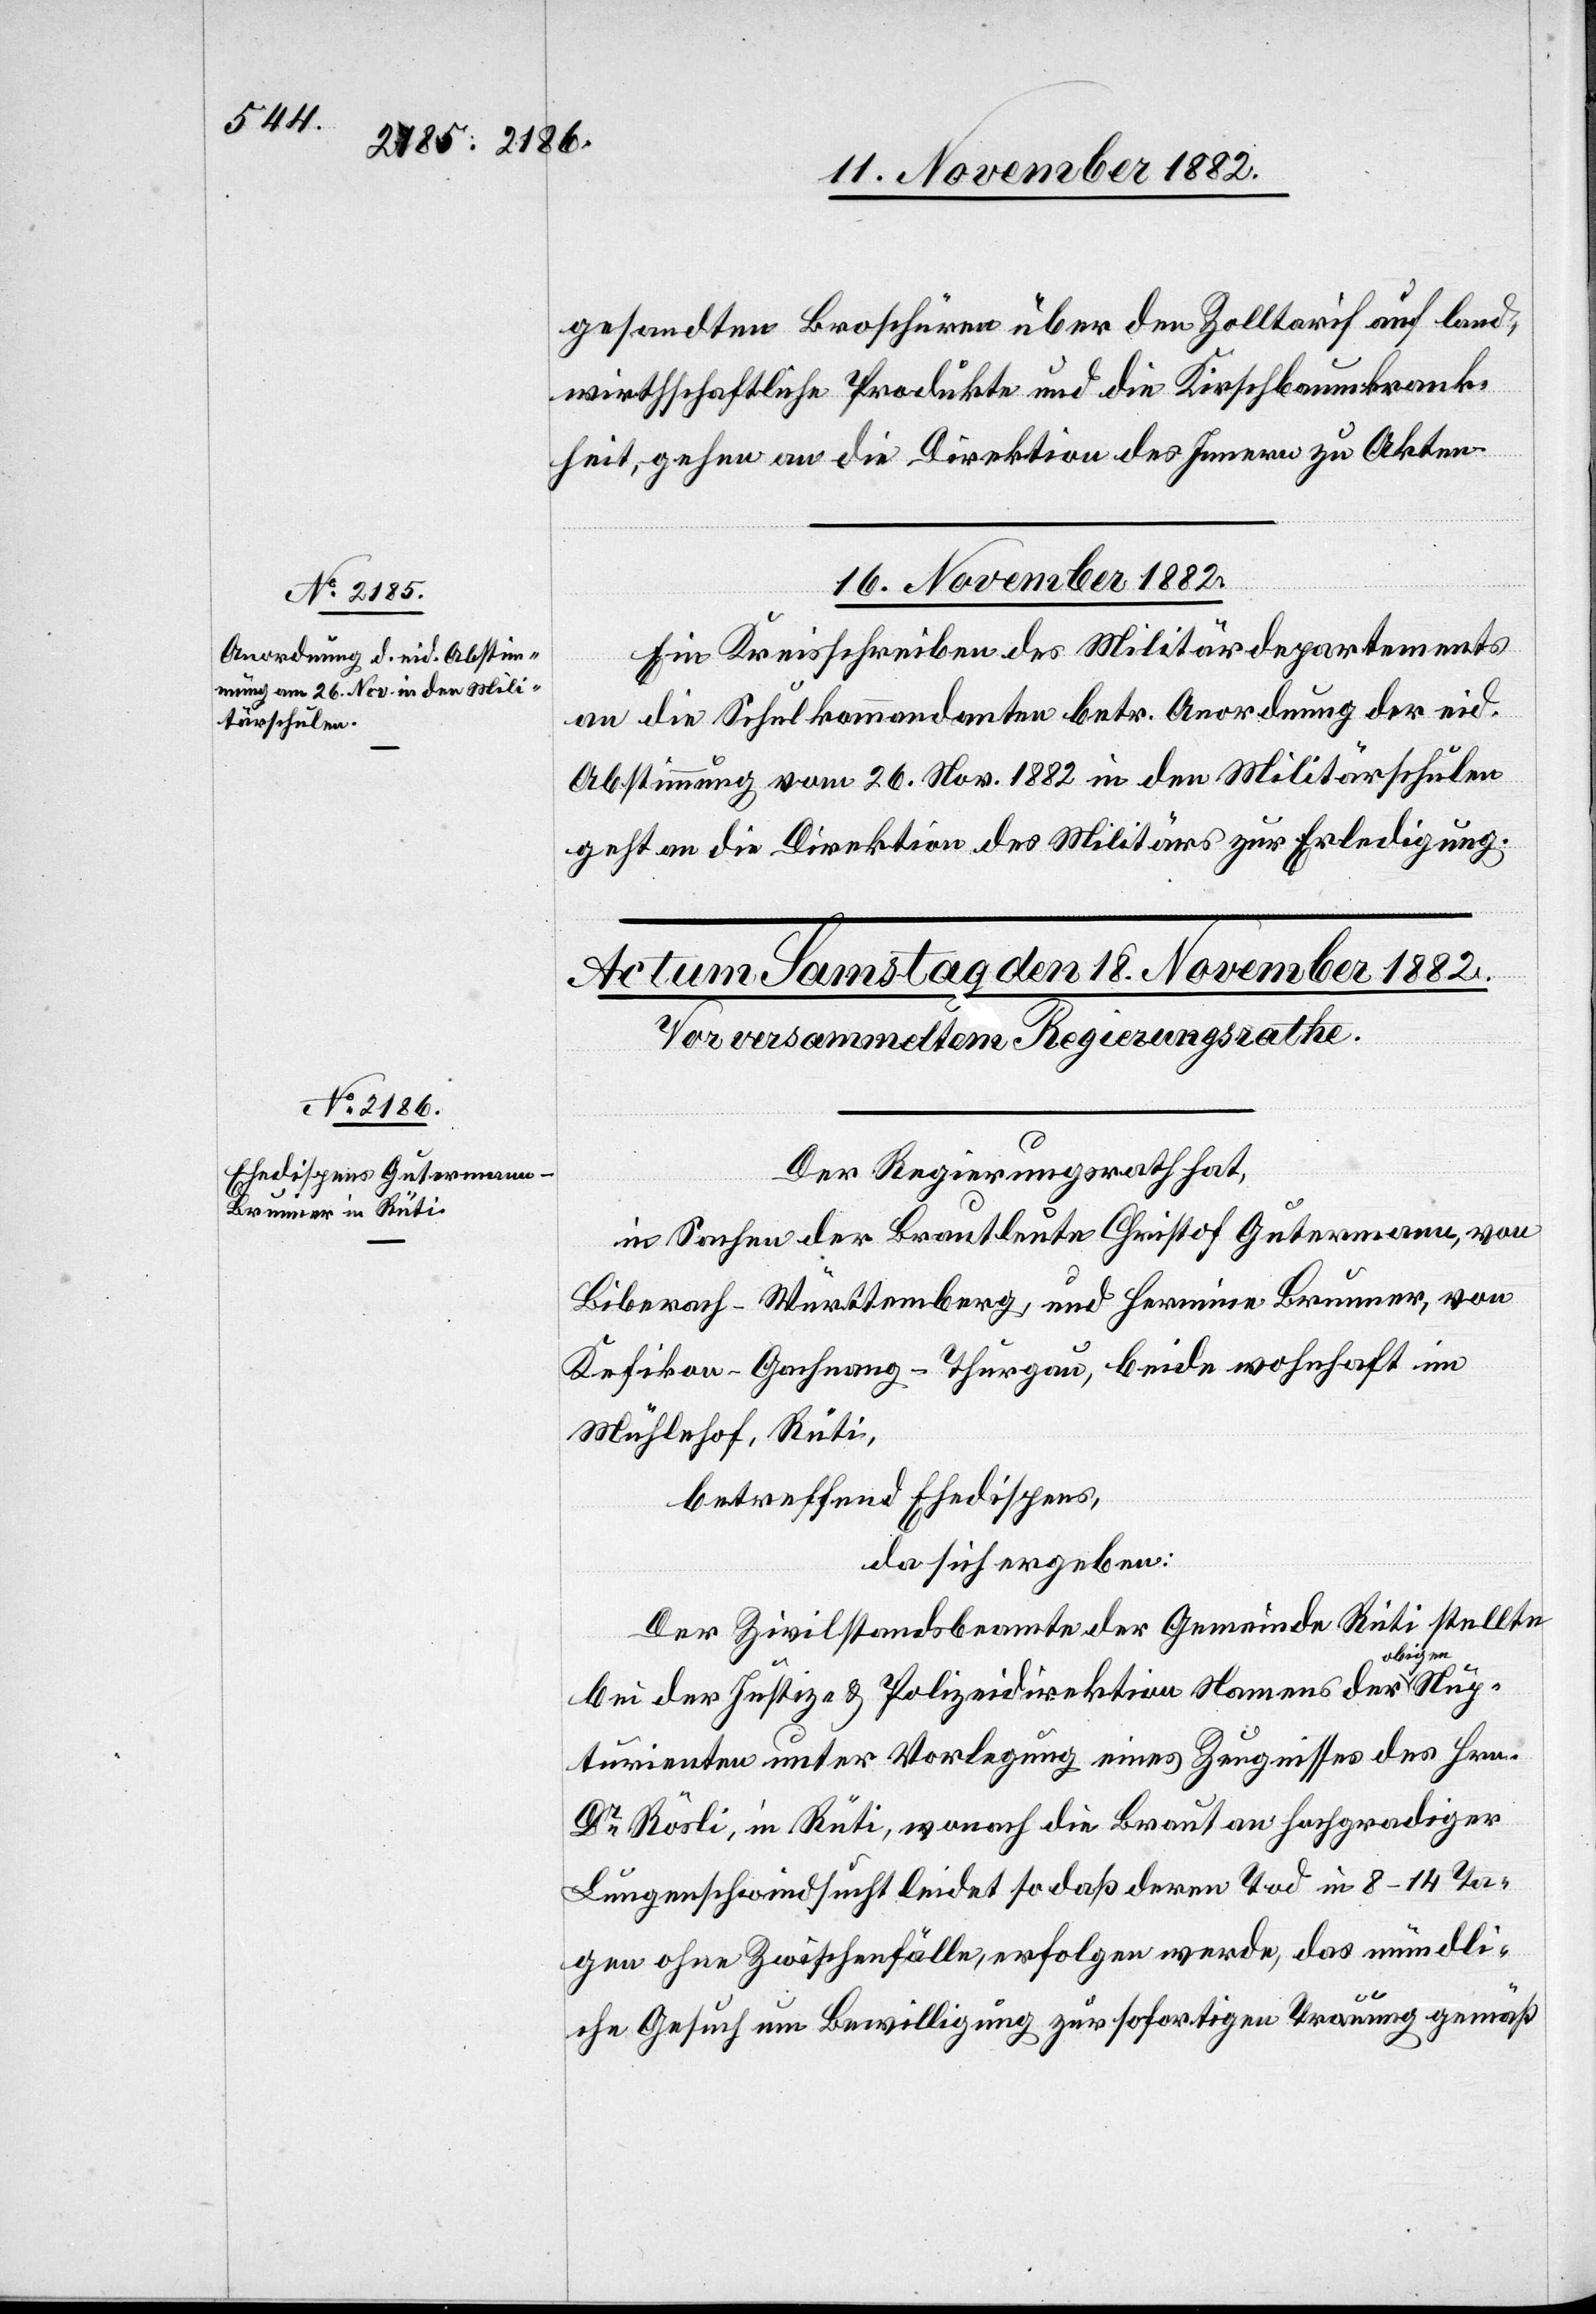
gesandten Broschüren über den Zolltarif auf land¬
wirthschaftliche Produkte und die Kirschbaumkrank¬
heit, gehen an die Direktion des Innern zu Akten.
16. November 1882.
Ein Kreisschreiben des Militärdepartements
Nup¬
an die Schulkommandanten betr. Anordnung der eid.
Abstimmung vom 26. Nov. 1882 in den Militärschulen
geht an die Direktion des Militärs zur Erledigung.
Der Regierungsrath hat,
in Sachen der Brautleute Christof Gutermann, von
Biberach - Württemberg, und Hermine Brunner, von
Kefikon - Gachnang - Thurgau, beide wohnhaft im
Mühlhof, Rüti,
betreffend Ehedispens,
da sich ergeben:
Der Zivilstandsbeamte der Gemeinde Rüti stellte
bigen
bei der Justiz- & Polizeidirektion Namens der o¬
turienten unter Vorlegung eines Zeugnisses des Hrn.
Dr Rösli, in Rüti, wonach die Braut an hochgradiger
Lungenschwindsucht leidet so daß deren Tod in 8–14 Ta¬
gen ohne Zwischenfälle, erfolgen werde, das mündli¬
che Gesuch um Bewilligung zur sofortigen Trauung gemäß